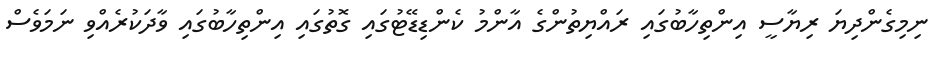
ނިމިގެންދިޔަ ރިޔާސީ އިންތިހާބުގައި ރައްޔިތުންގެ އާންމު ކެންޑިޑޭޓުގައި ގޮތުގައި އިންތިހާބުގައި ވާދަކުރެއްވި ނަަމަވެސް